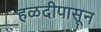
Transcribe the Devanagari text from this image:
हळदीपासून